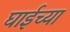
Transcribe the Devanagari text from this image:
घाईच्या